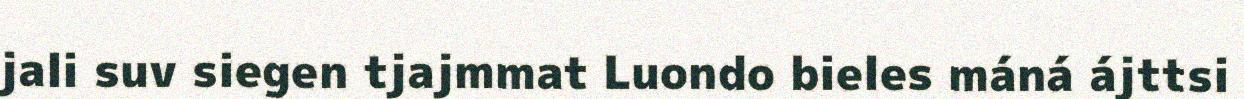
jali suv siegen tjajmmat Luondo bieles máná ájttsi